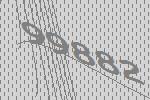
99882